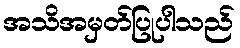
အသိအမှတ်ပြုပါသည်